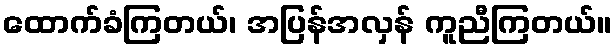
ထောက်ခံကြတယ်၊ အပြန်အလှန် ကူညီကြတယ်။